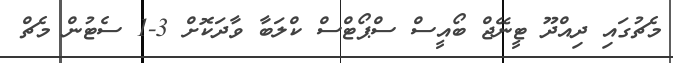
މެޗުގައި ދިއްދޫ ޓީނޭޖް ބޯއީސް ސްޕޯޓްސް ކްލަބާ ވާދަކޮށް 3-1 ސެޓުން މެޗް